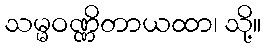
သမ္မဝဏ္ဏိတာယထာ၊ သို့။